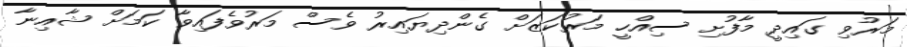
މަރުވި ގައިދީ މާފުށި ސިއްހީ މަރުކަޒަށް ގެންދިޔައިރު ވެސް މަރުވެފައިވާ ކަމަށް ޝާއިނާ